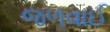
જળવાઈ